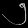
Digit: ၅